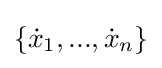
\{{\dot {x}}_{1},...,{\dot {x}}_{n}\}